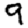
Digit: 9